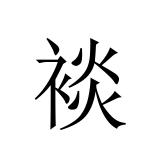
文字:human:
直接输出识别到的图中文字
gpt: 裧